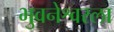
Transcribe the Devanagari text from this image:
भुवनेश्वरला